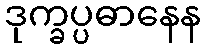
ဒုက္ခပ္ပဓာနေန